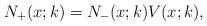
\begin{align*}N_+(x;k) =N_-(x;k) V(x;k),\end{align*}